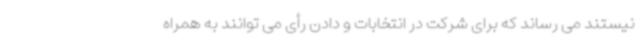
نیستند می رساند که برای شرکت در انتخابات و دادن رأی می توانند به همراه